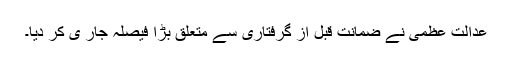
عدالت عظمٰی نے ضمانت قبل از گرفتاری سے متعلق بڑا فیصلہ جار ی کر دیا۔